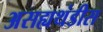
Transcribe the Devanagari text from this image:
असह्यथंडीस